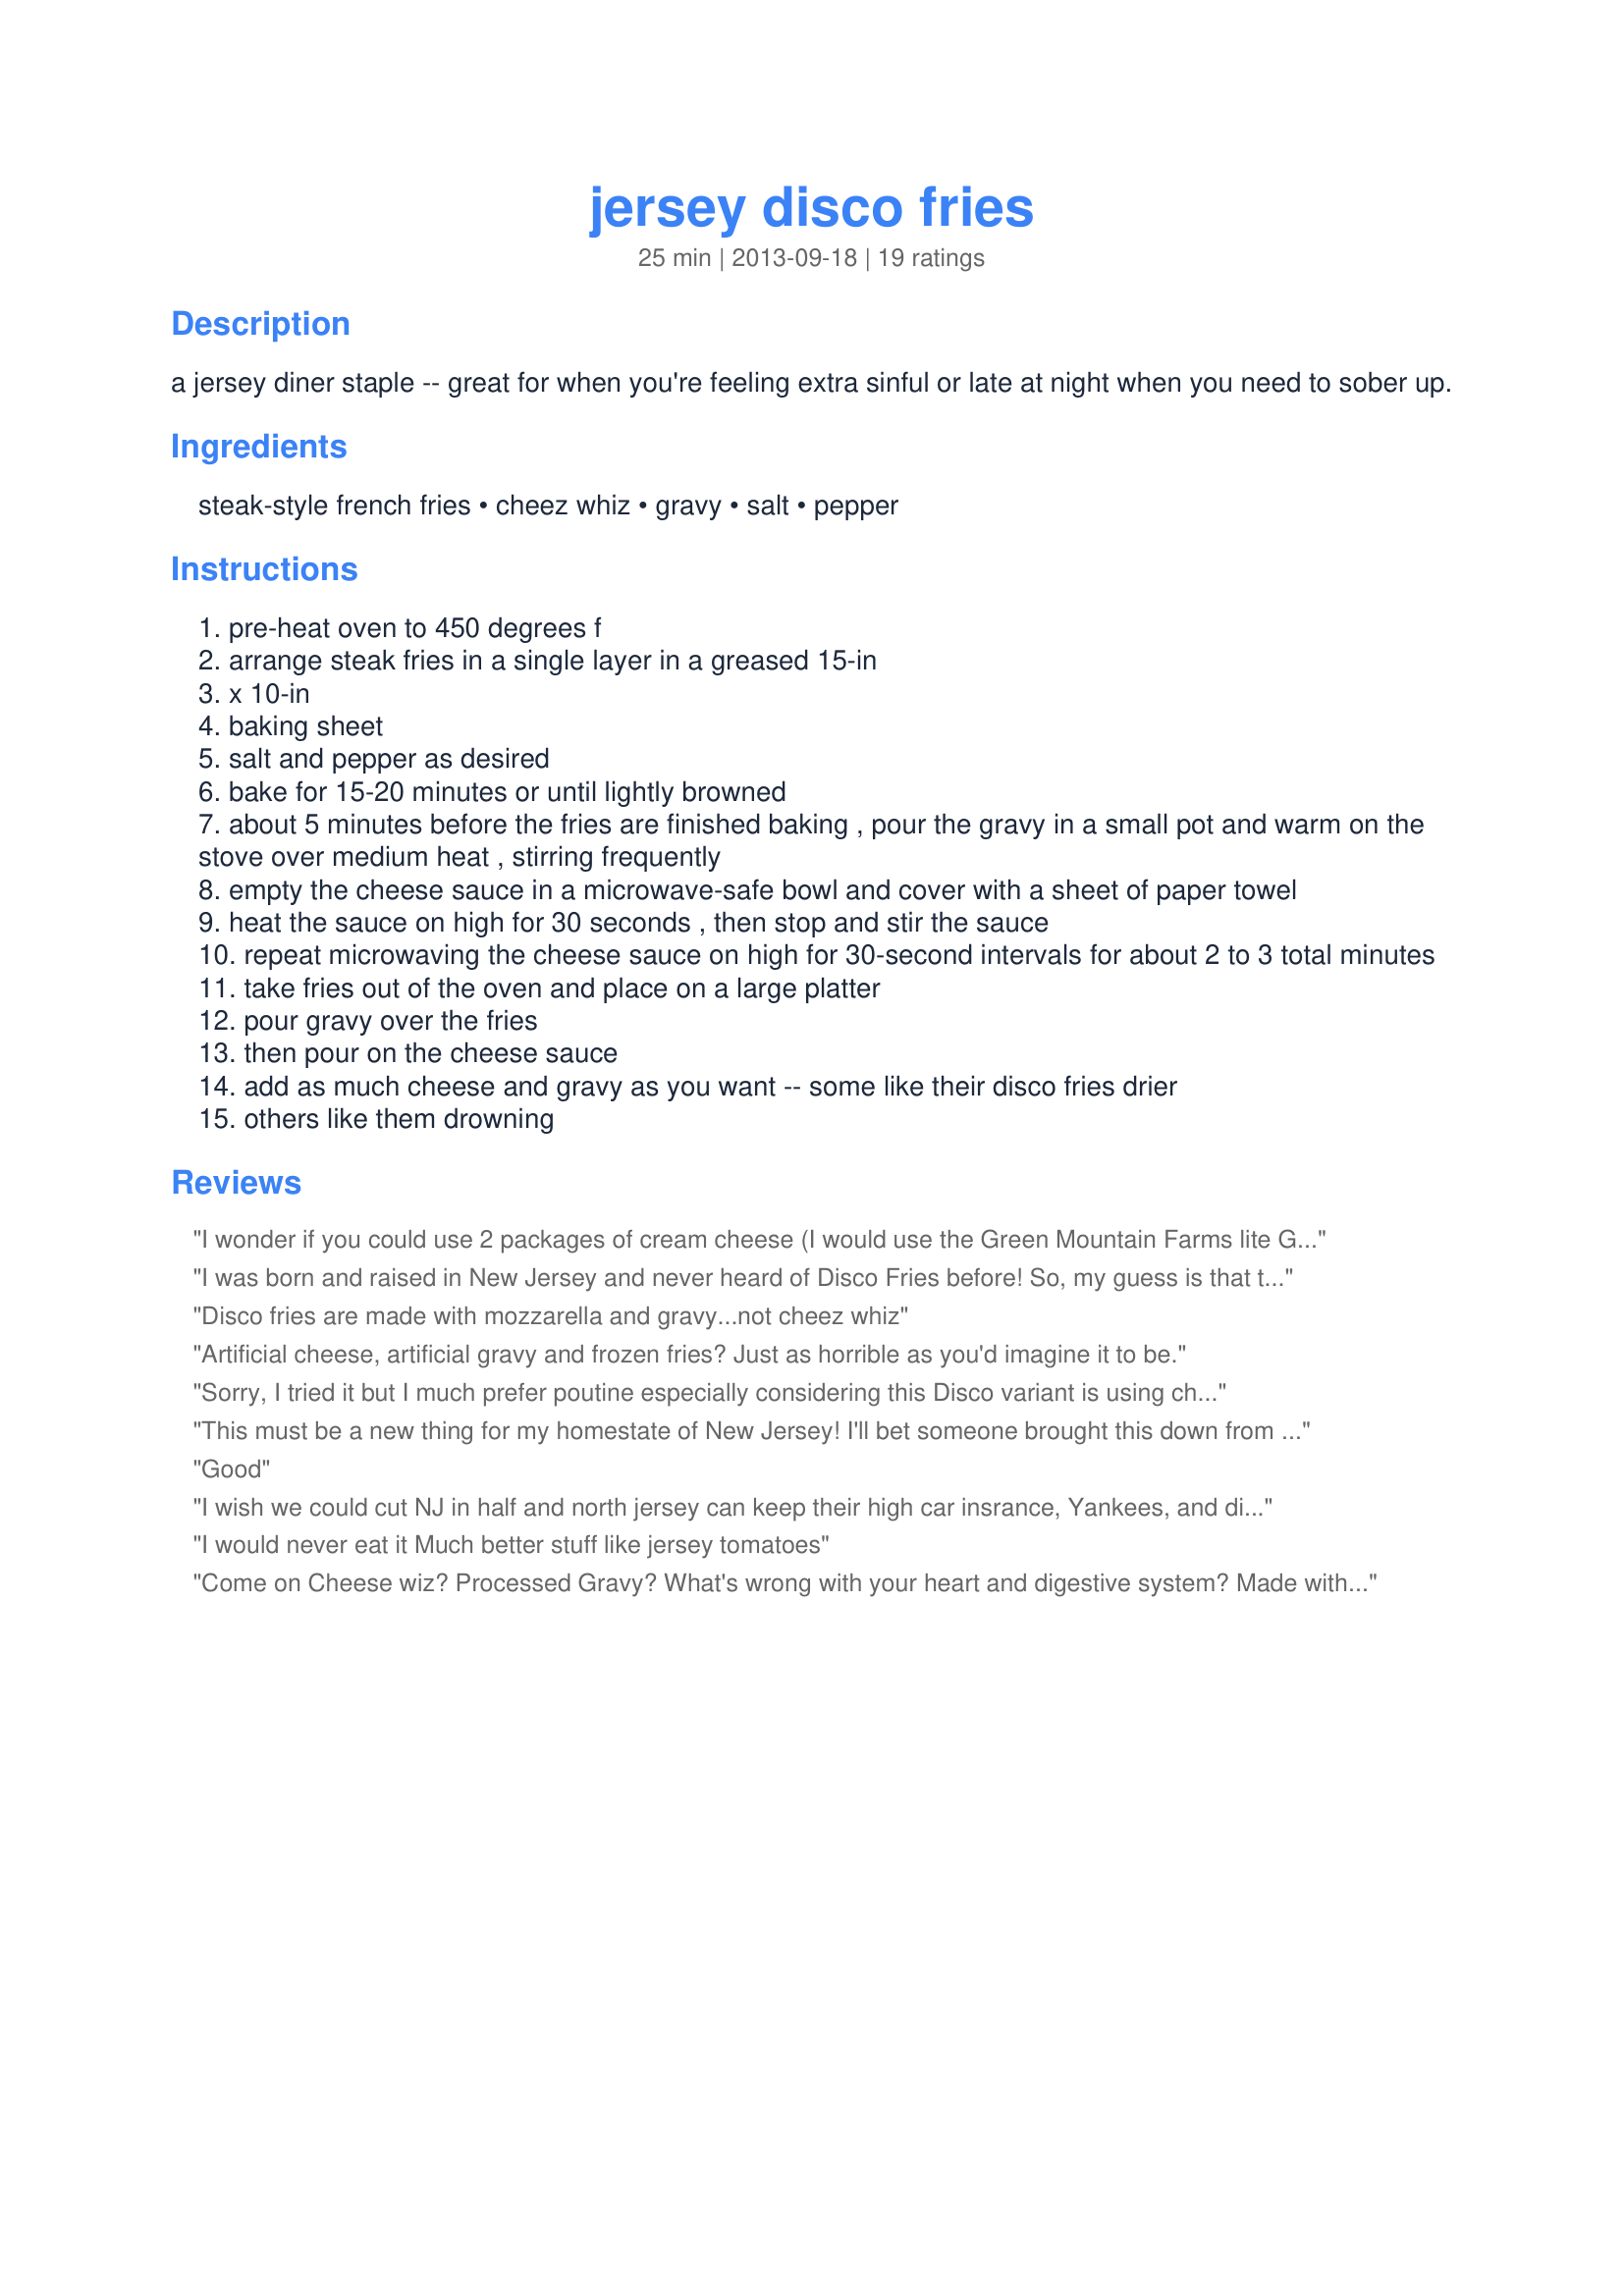
jersey disco fries
Preparation time: 25 minutes

a jersey diner staple -- great for when you're feeling extra sinful or late at night when you need to sober up.

Ingredients:
steak-style french fries, cheez whiz, gravy, salt, pepper

Steps:
pre-heat oven to 450 degrees f
arrange steak fries in a single layer in a greased 15-in
x 10-in
baking sheet
salt and pepper as desired
bake for 15-20 minutes or until lightly browned
about 5 minutes before the fries are finished baking , pour the gravy in a small pot and warm on the stove over medium heat , stirring frequently
empty the cheese sauce in a microwave-safe bowl and cover with a sheet of paper towel
heat the sauce on high for 30 seconds , then stop and stir the sauce
repeat microwaving the cheese sauce on high for 30-second intervals for about 2 to 3 total minutes
take fries out of the oven and place on a large platter
pour gravy over the fries
then pour on the cheese sauce
add as much cheese and gravy as you want -- some like their disco fries drier
others like them drowning

Reviews:
I wonder if you could use 2 packages of cream cheese (I would use the Green Mountain Farms lite Greek yogurt/cream cheese blend) and a 12-oz jar of fat-free beef or chicken or turkey gravy (haven't seen 10-oz. jars of gravy...12-oz. jars would probably be the closest I could get. And if Alexia still makes those 98% fat-free fries I could use those. For those of us looking for a lighter and healthier version of this snack/side dish. And I do agree that perhaps they should've called it &quot;Lazy Poutine&quot; instead LOL.
I was born and raised in New Jersey and never heard of Disco Fries before! So, my guess is that they are a North Jersey thing, kind of like Taylor Ham, because I&#039;ve never seen them in South Jersey. Gravy fries and cheese fries I first saw out west. And, cheese fries can be had in every pizzeria, but gravy AND cheese??? NEVER!
Disco fries are made with mozzarella and gravy...not cheez whiz
Artificial cheese, artificial gravy and frozen fries? Just as horrible as you'd imagine it to be.
Sorry, I tried it but I much prefer poutine especially considering this Disco variant is using cheese sauce + gravy sauce hence ending with not much texture difference. I recommend at least real cheese. Not Cheez Whiz sauce.
This must be a new thing for my homestate of New Jersey! I'll bet someone brought this down from Canada, since they brag about this recipe all the time. Honestly, although I live in Delaware, I KNOW that New Jersey can do much better than this!
Good
I wish we could cut NJ in half and north jersey can keep their high car insrance, Yankees, and disco fries to themselves. For 62 years I have never heard of these disco fries because the people of south Jersey affiliate themselves with the garden states abundance of tomatoes, asparagus, sweet peaches, sweet corn, etc.
I would never eat it Much better stuff like jersey tomatoes
Come on Cheese wiz? Processed Gravy? What's wrong with your heart and digestive system? Made with chemically processed cheese, look at what the ingredients are used for. There are a number of real cheese alternatives that are a lot healthier.
I don't know how these got to being called disco fries. It's poutine, a French-Canadian dish that's been around a long time.
Since moving away from the tri-state area, I haven&#039;t had disco fries. I&#039;m so happy to have a recipe for them now! Thanks for posting this delicious recipe!
SO - these are very similar to POUTINE from Quebec. They are very popular in northern Maine as well due to the close proximity with the Canadian French border. Though we make them with homemade beef gravy and cheese curds or homemade cheese sauce. It was the processed gravy and cheese that brought this one down for me.
Come on... is this REALLY the best New Jersey dish you could come up with?? What about Jersey corn and tomatoes...the best I've ever had!
Really - the Garden State and home of all kinds of delicious local and ethnic food and NJ gets disco fries - made of all fake, pre-processed ingredients??!!! Are you freaking kidding me? We&#039;ve all heard of french fries with brown gravy and cheese sauce, but have never heard this called disco fries.&lt;br/&gt;&lt;br/&gt;Kristine, you should be ashamed of yourself.
Still delicious though!
Seriously? Who submitted Disco Fries for NJ? I have lived in NJ for all of my 61 years and never heard of Disco Fries. NJ is known for its Pork Roll Sandwich and diners. Disco Fries?? Never!
We have poutine in Canada, fries with cheese curds and beef gravy mmmm so good. I think I'll stick to our poutine, disco fries sounds too processed.
I was born, raised and still reside in the lovely Garden State. To all the reviewers who exclaimed, &quot;I've NEVER heard of 'Disco Fries'!&quot; Well, let me tell ya... There's another ENTIRE universe out there, full of stuff you've never heard of!&quot; Disco fries have been around for ages, you mainly find them at diners as most diners in NJ are 24 hours and after a night of partying (3 AM), everyone goes to the diner to soak up that alcohol. Hence the name &quot;Disco Fries&quot;. Some places use an American cheese sauce, while others use real cheese, such as Mozzarella. So for those folks who didn't know Disco Fries exists... There's a bunch of other $hit you've never heard of. LOL! PS. ***For Bonnie K &amp; Wendy V***, I meant to click your reviews were UNHELPFUL. Just because you've never heard of something, doesn't make it real. &amp; I wish we could split NJ in half too. So you ignorant, toothless, rednecks can be separate as well! Good day. :D
